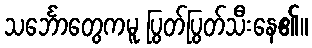
သင်္ဘောတွေကမူ ပြွတ်ပြွတ်သီးနေ၏။